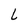
Character: L